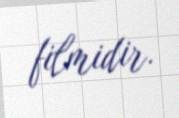
filmidir.